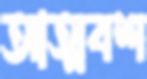
আত্মবশ